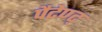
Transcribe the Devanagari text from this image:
पैटेण्ट्‍